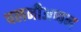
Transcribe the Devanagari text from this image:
पलनीअप्पन